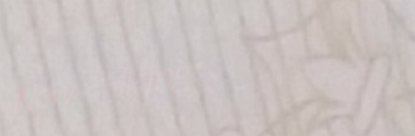
Now Hiring